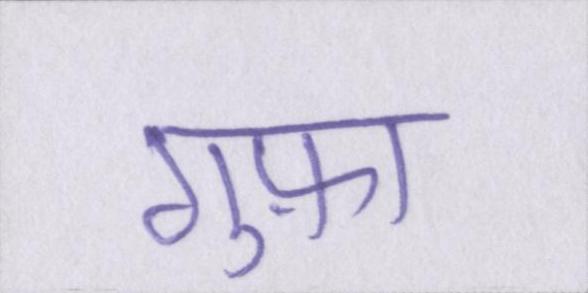
गुफ़ा